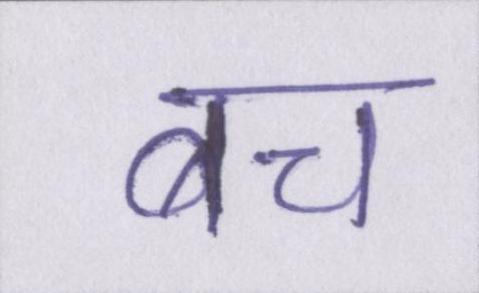
बच